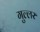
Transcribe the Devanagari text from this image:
गुल्लर